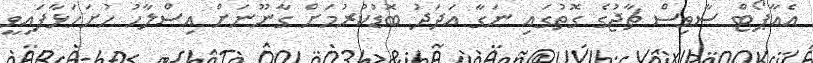
އެއާޕޯޓް ސާވިސް ޗާޖުގެ ގޮތުގައި ނަގާ އަދަދު ބޮޑުކުރުމަށް ގާނޫނަށް އިސްލާހު ހުށަހަޅާފައިވީ